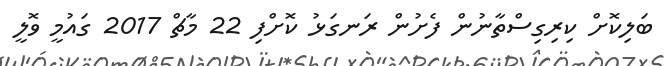
ބަލިކޮށް ކިރިގިސްތާނުން ފެށުން ރަނގަޅު ކޮށްފި 22 މާޗް 2017 ގައުމީ ވޮލީ